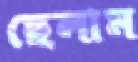
ছেলাম